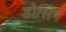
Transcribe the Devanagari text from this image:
डोसिंग